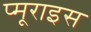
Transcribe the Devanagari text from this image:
प्मूराइस